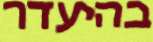
בהיעדר